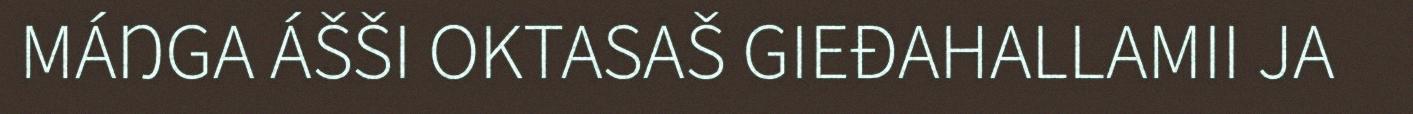
MÁŊGA ÁŠŠI OKTASAŠ GIEĐAHALLAMII JA